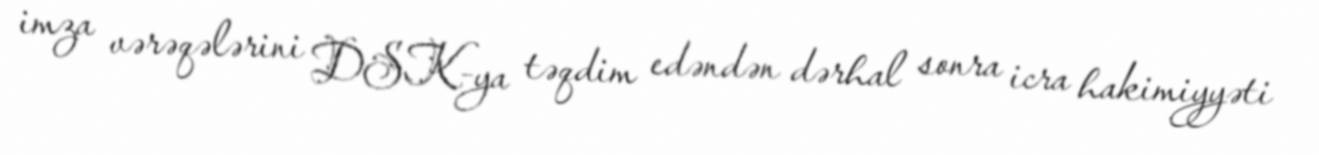
imza vərəqələrini DSK-ya təqdim edəndən dərhal sonra icra hakimiyyəti